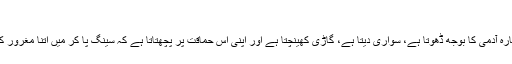
”
اب گدھا بے چارہ آدمی کا بوجھ ڈھوتا ہے، سواری دیتا ہے، گاڑی کھینچتا ہے اور اپنی اس حماقت پر پچھتاتا ہے کہ سینگ پا کر میں اتنا مغرور کیوں ہو گیا تھا۔